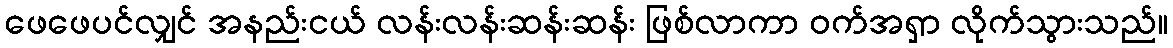
ဖေဖေပင်လျှင် အနည်းငယ် လန်းလန်းဆန်းဆန်း ဖြစ်လာကာ ဝက်အရှာ လိုက်သွားသည်။